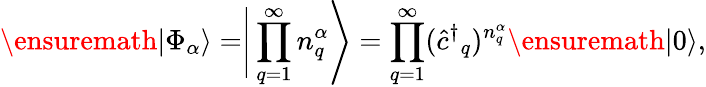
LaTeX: \ensuremath{\vert{\Phi}_{\alpha}\rangle}=\Biggr\vert\prod_{q=1}^{\infty}{n}_{q}^{\alpha}\Biggr\rangle=\prod_{q=1}^{\infty}({\hat{c}^{\dagger}}_{q})^{{n}_{q}^{\alpha}}\ensuremath{\vert 0\rangle},